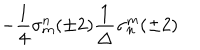
LaTeX: - \frac { 1 } { 4 } \sigma _ { m } ^ { n } ( \pm 2 ) \frac { 1 } { \Delta } \sigma _ { n } ^ { m } ( \pm 2 )